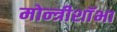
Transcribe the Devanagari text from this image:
मोन्त्रीशाॅभा